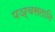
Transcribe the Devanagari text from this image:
पञ्चसतानि